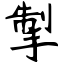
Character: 掣